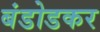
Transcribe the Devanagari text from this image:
बंडोडकर